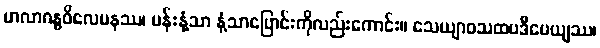
မာလာဂန္ဓဝိလေပနဿ၊ ပန်းနံ့သာ နံ့သာပြောင်းကိုလည်းကောင်း။ သေယျာဝသထပဒီပေယျဿ၊